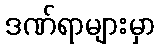
ဒဏ်ရာများမှာ